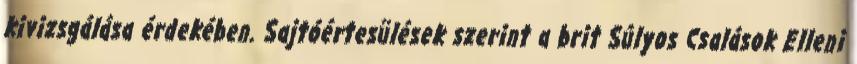
kivizsgálása érdekében. Sajtóértesülések szerint a brit Súlyos Csalások Elleni